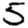
Digit: 5